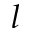
l